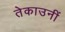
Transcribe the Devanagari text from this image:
तेकाउनीं